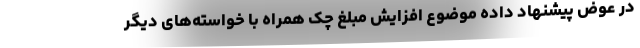
در عوض پیشنهاد داده موضوع افزایش مبلغ چک همراه با خواسته‌های دیگر